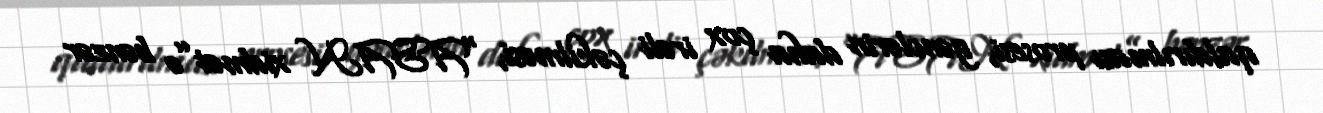
qaldırılması prosesi, gənclərin daha çox irəli çəkilməsi, “ASAN xidmət”ə bənzər